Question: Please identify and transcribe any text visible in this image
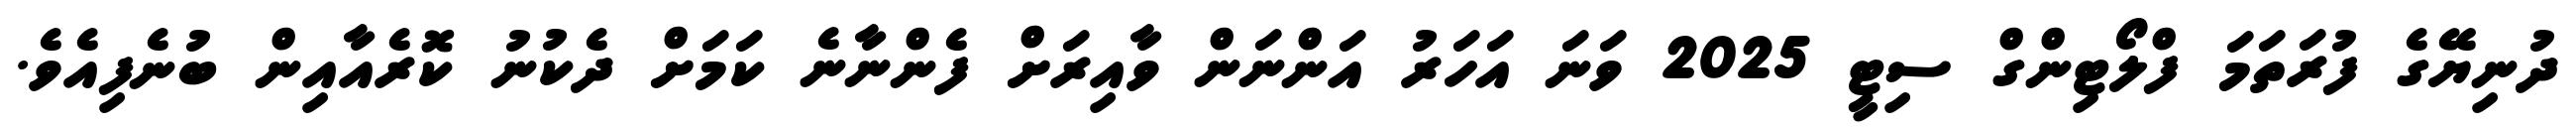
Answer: ދުނިޔޭގެ ފުރަތަމަ ފްލޯޓިންގް ސިޓީ 2025 ވަނަ އަހަރު އަންނަން ވާއިރަށް ފެންނާނެ ކަމަށް ދެކުނު ކޮރެއާއިން ބުނެފިއެވެ.